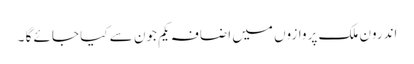
اندرون ملک پروازوں میں اضافہ یکم جون سے کیا جائے گا ۔